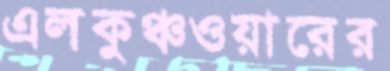
এলকুঞ্চওয়ারের